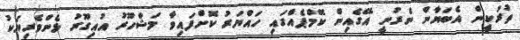
ތުރުކީން އެބަޔާން ނެރުނީ އޭގެއިން ކޭމްޕެއްގައި ހައްޔަރު ކޮށްފައިވާ މަޝްހޫރު އުއިގޫރު ޅެންވެރިޔަކު